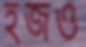
হজও